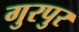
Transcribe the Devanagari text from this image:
गुरपुर